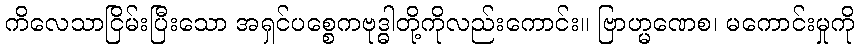
ကိလေသာငြိမ်းပြီးသော အရှင်ပစ္စေကဗုဒ္ဓါတို့ကိုလည်းကောင်း။ ဗြာဟ္မဏေစ၊ မကောင်းမှုကို